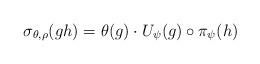
LaTeX: \begin{align*} \sigma_{\theta,\rho}(gh) =\theta(g)\cdot U_{\psi}(g)\circ\pi_{\psi}(h)\end{align*}